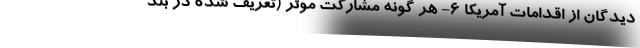
دیدگان از اقدامات آمریکا ۶- هر گونه مشارکت موثر (تعریف شده در بند